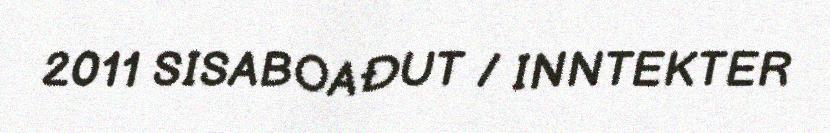
2011 SISABOAĐUT / INNTEKTER